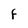
Character: F